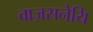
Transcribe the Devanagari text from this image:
वाज़सनेयि